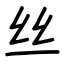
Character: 丝